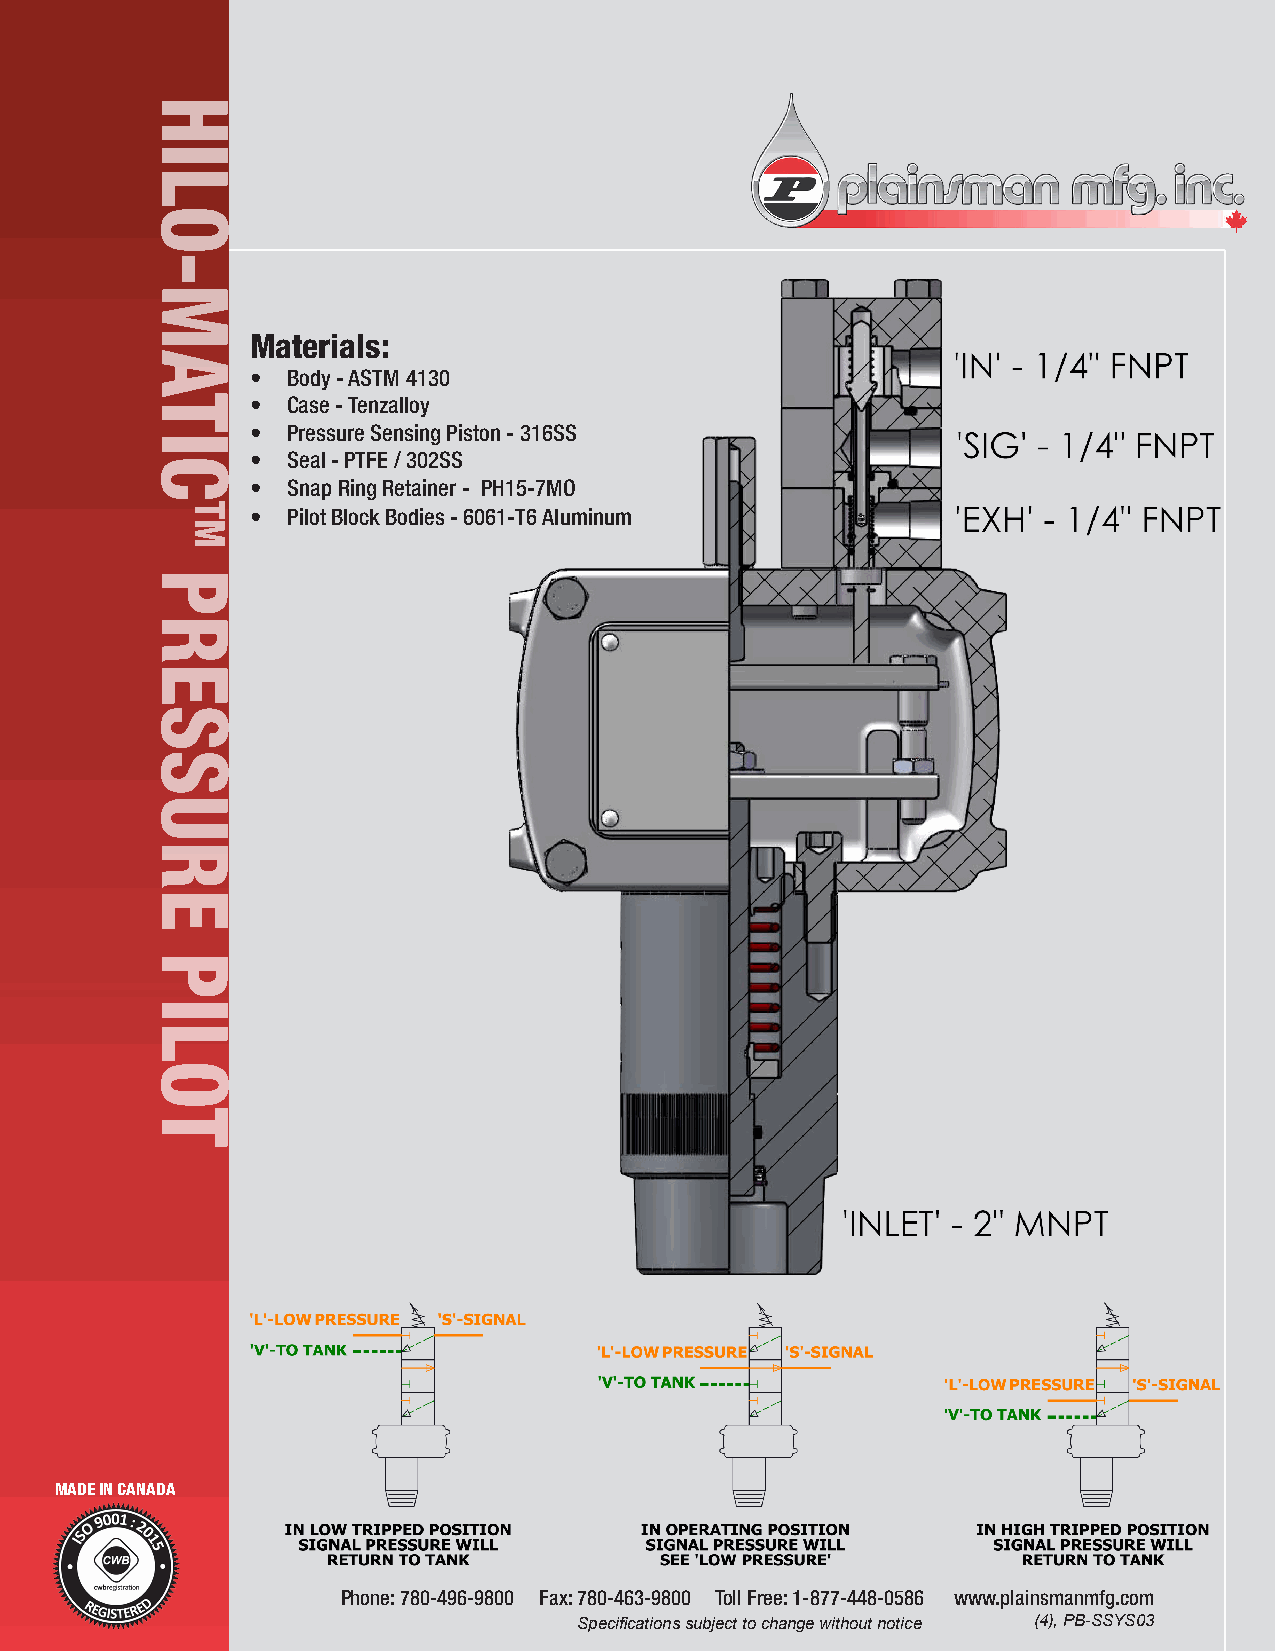
Materials:
 • Body - ASTM 4130
 • Case - Tenzalloy
 • Pressure Sensing Piston - 316SS
 • Seal - PTFE / 302SS
 • Snap Ring Retainer - PH15-7MO
 • Pilot Block Bodies - 6061-T6 Aluminum
 MADE IN CANADA
 Phone: 780-496-9800 Fax: 780-463-9800 Toll Free: 1-877-448-0586 www.plainsmanmfg.com
 Specifications subject to change without notice (4), PB-SSYS03
 HILO-MATIC
 PRESSURE
 PILOT
 TM